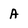
Character: A